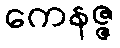
ကေနဇ္ဇ